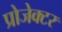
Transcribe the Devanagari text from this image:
प्रोजेक्‍टर